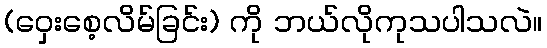
(ဝှေးစေ့လိမ်ခြင်း) ကို ဘယ်လိုကုသပါသလဲ။